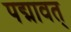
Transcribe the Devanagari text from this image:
पद्मावत्